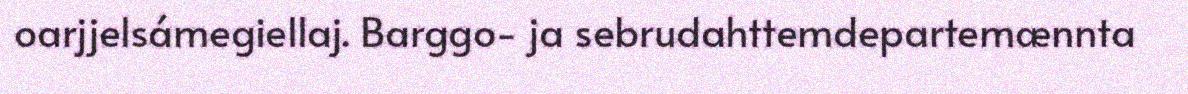
oarjjelsámegiellaj. Barggo- ja sebrudahttemdepartemænnta